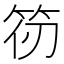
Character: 𮅄